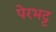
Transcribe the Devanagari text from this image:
पेरभट्ट